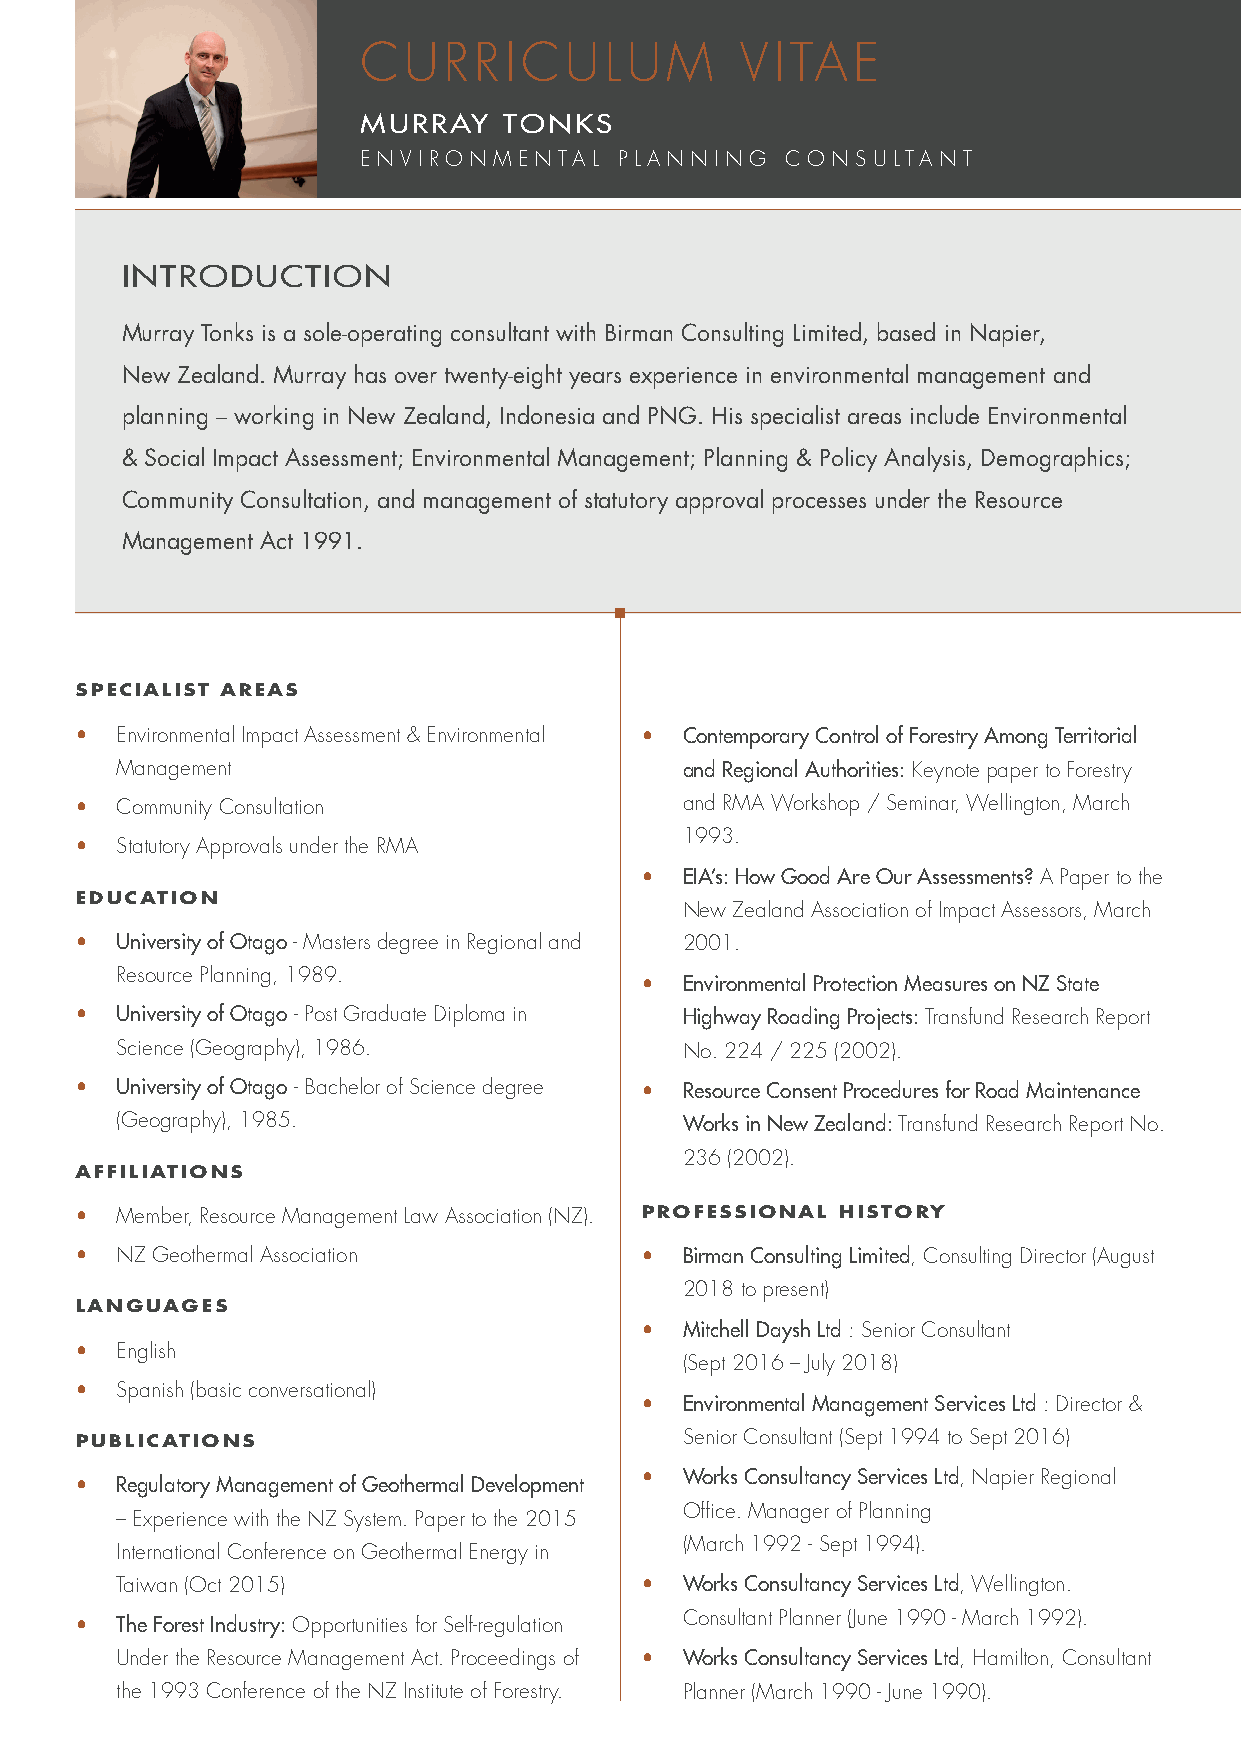
CURRICULUM               VITAE
 MURRAY   TONKS
 ENVI RONMENTAL   PLA NN ING CO NS ULTA NT
 INTRODUCTION
 Murray Tonks is a sole-operating consultant with Birman Consulting Limited, based in Napier,
 New Zealand. Murray has over twenty-eight years experience in environmental management and
 planning – working in New Zealand, Indonesia and PNG. His specialist areas include Environmental
 & Social Impact Assessment; Environmental Management; Planning & Policy Analysis, Demographics;
 Community Consultation, and management of statutory approval processes under the Resource
 Management Act 1991.
 SPECIALIST AREAS
 •  Environmental Impact Assessment & Environmental • Contemporary Control of Forestry Among Territorial
 Management                           and Regional Authorities: Keynote paper to Forestry
 •  Community Consultation               and RMA Workshop / Seminar, Wellington, March
 1993.
 •  Statutory Approvals under the RMA
 •  EIA’s: How Good Are Our Assessments? A Paper to the
 EDUCATION
 New Zealand Association of Impact Assessors, March
 •  University of Otago - Masters degree in Regional and 2001.
 Resource Planning, 1989.
 •  Environmental Protection Measures on NZ State
 •  University of Otago - Post Graduate Diploma in Highway Roading Projects: Transfund Research Report
 Science (Geography), 1986.           No. 224 / 225 (2002).
 •  University of Otago - Bachelor of Science degree • Resource Consent Procedures for Road Maintenance
 (Geography), 1985.                   Works in New Zealand: Transfund Research Report No.
 236 (2002).
 AFFILIATIONS
 •  Member, Resource Management Law Association (NZ). PROFESSIONAL HISTORY
 •  NZ Geothermal Association         •  Birman Consulting Limited, Consulting Director (August
 2018 to present)
 LANGUAGES
 •  Mitchell Daysh Ltd : Senior Consultant
 •  English
 (Sept 2016 – July 2018)
 •  Spanish (basic conversational)
 •  Environmental Management Services Ltd : Director &
 Senior Consultant (Sept 1994 to Sept 2016)
 PUBLICATIONS
 •  Works Consultancy Services Ltd, Napier Regional
 •  Regulatory Management of Geothermal Development
 Office. Manager of Planning
 – Experience with the NZ System. Paper to the 2015
 (March 1992 - Sept 1994).
 International Conference on Geothermal Energy in
 Taiwan (Oct 2015)                 •  Works Consultancy Services Ltd, Wellington.
 •  The Forest Industry: Opportunities for Self-regulation Consultant Planner (June 1990 - March 1992).
 Under the Resource Management Act. Proceedings of • Works Consultancy Services Ltd, Hamilton, Consultant
 the 1993 Conference of the NZ Institute of Forestry. Planner (March 1990 - June 1990).